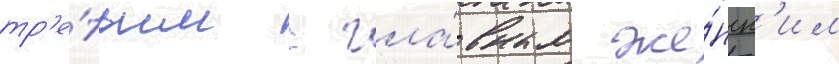
тр'е́тьим с гла́вным же́нск'им